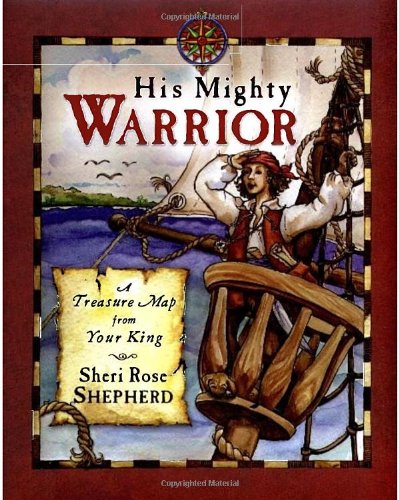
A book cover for His Mighty Warrior: A Treasure Map from Your King; Sheri Rose Shepherd; Children's Books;